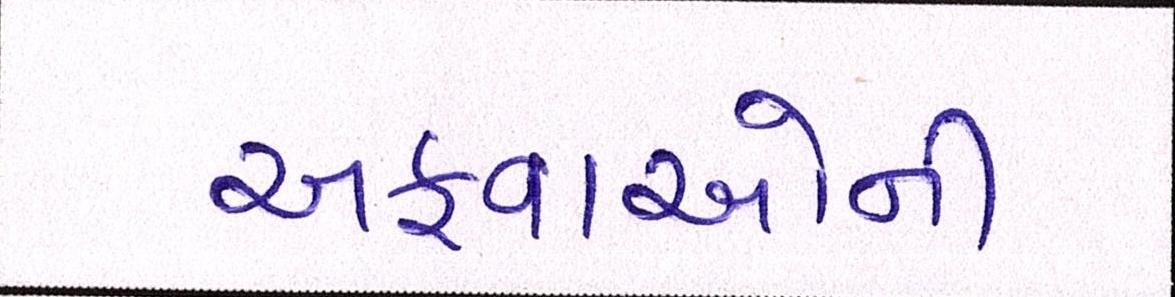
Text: અફવાઓની